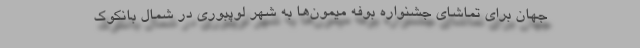
جهان برای تماشای جشنواره بوفه میمون‌ها به شهر لوپبوری در شمال بانکوک